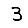
Digit: 3